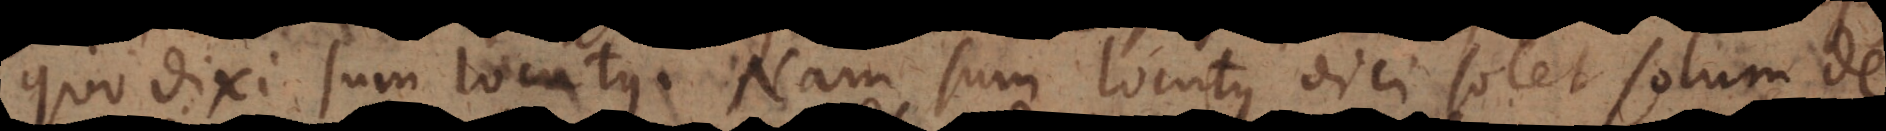
quo dixi sum locutus. Nam sum locutus dici solet solum de